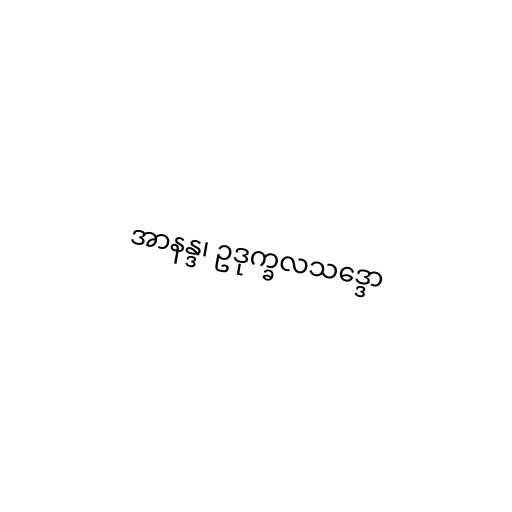
အာနန္ဒ၊ ဥဒုက္ခလသဒ္ဒော